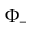
\Phi _ { - }